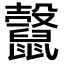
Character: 𪕷